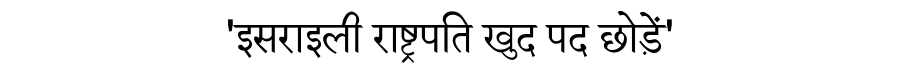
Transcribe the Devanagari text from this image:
'इसराइली राष्ट्रपति खुद पद छोड़ें'